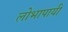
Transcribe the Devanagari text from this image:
लोभापायी